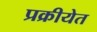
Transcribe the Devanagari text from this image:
प्रक्रीयेत